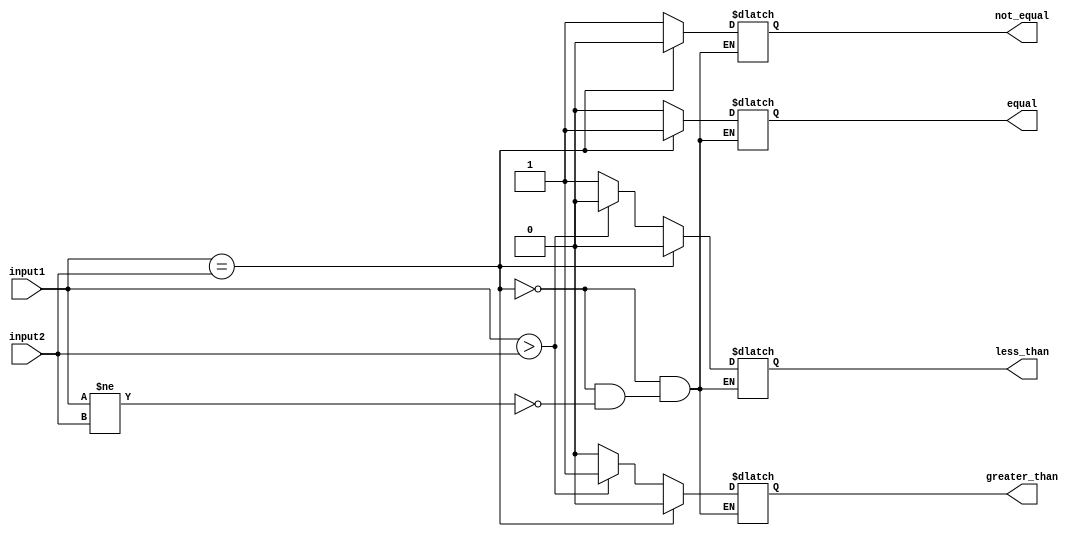
module Comparator (
    input wire [7:0] input1,
    input wire [7:0] input2,
    output reg equal,
    output reg not_equal,
    output reg greater_than,
    output reg less_than
);

always @(input1, input2) begin
    if (input1 == input2) begin
        equal = 1;
        not_equal = 0;
        greater_than = 0;
        less_than = 0;
    end else if (input1 != input2) begin
        equal = 0;
        not_equal = 1;
        if (input1 > input2) begin
            greater_than = 1;
            less_than = 0;
        end else begin
            greater_than = 0;
            less_than = 1;
        end
    end
end

endmodule